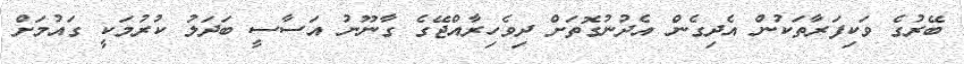
ބޭރުގެ ވަކިފަރާތަކުން އެދިގެން އެދުނުގޮތަށް ދިވެހިރާއްޖޭގެ ގާނޫނު އަސާސީ ބަދަލު ކުރުމަކީ ގައުމަށް